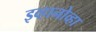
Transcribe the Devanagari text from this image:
इव्हानोव्हा